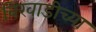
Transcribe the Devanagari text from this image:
बिरवाडीच्या